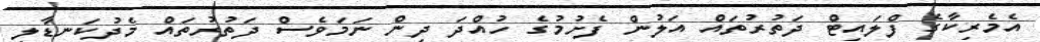
އެމެރިކާގެ ފްލައިޓް ދަތުރުތައް އަލުން ފެށުމުގެ ހުއްދަ ދިން ނަމަވެސް ދަތުރުތައް މެދުކަނޑާލި